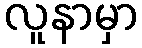
လူနာမှာ